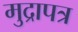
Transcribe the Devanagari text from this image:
मुद्रापत्र